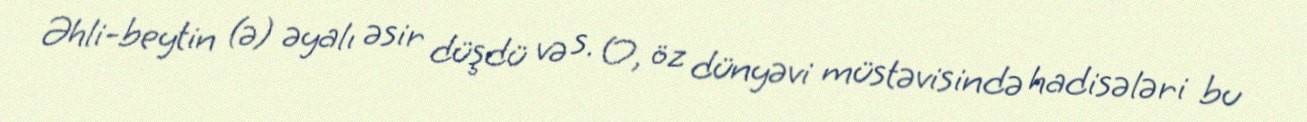
Əhli-beytin (ə) əyalı əsir düşdü və s. O, öz dünyəvi müstəvisində hadisələri bu